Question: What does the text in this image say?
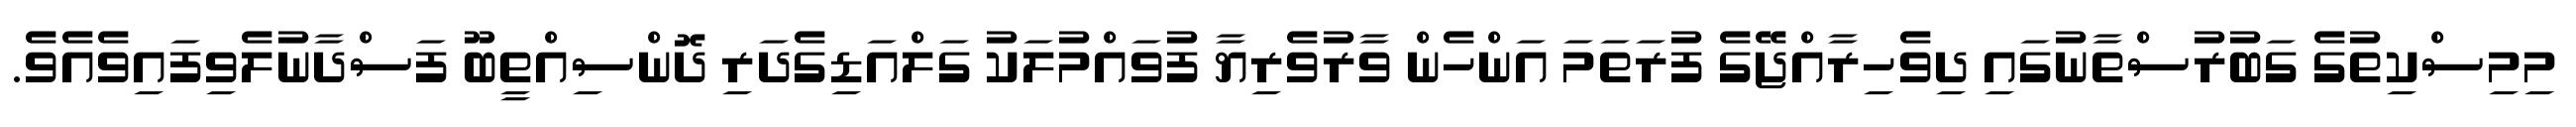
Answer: މިމިސްކިތުގެ ގަބުރުސްތާނުގައި ދިވެހިރާއްޖޭގެ ފުރަތަމަ އަންހެން ވާރުވެރިޔާ ފުވައްމުލަކު ގަލްއަޑިގެދަރި ދޮންސިއްތީބޫ ފަސްދާނުލެވިފައިވެއެވެ.